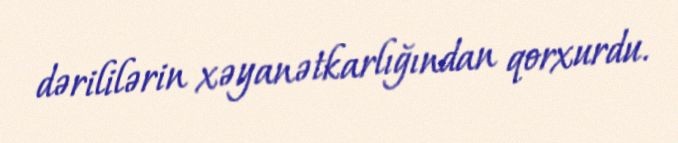
dərililərin xəyanətkarlığından qorxurdu.